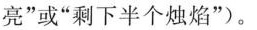
亮”或”剩下半个烛焰”)。